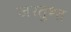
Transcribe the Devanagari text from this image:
जरतुश्त